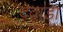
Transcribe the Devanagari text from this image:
देवाडा